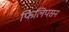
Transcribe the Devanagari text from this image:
फिलिपसन